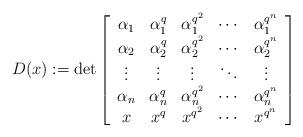
LaTeX: \begin{align*}D(x):=\det \left[ \begin{array}{ccccc} \alpha_1&\alpha_1^q&\alpha_1^{q^2}&\cdots&\alpha_1^{q^{n}}\\ \alpha_2&\alpha_2^q&\alpha_2^{q^2}&\cdots&\alpha_2^{q^{n}}\\ \vdots&\vdots&\vdots&\ddots&\vdots\\ \alpha_n&\alpha_n^q&\alpha_n^{q^2}&\cdots&\alpha_n^{q^{n}}\\ x&x^q&x^{q^2}&\cdots&x^{q^{n}}\\ \end{array} \right]\end{align*}